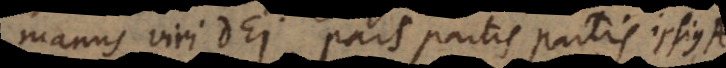
manus viri Dei, pars partis partis. Pr